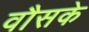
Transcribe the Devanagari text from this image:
वौसके